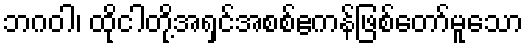
ဘဂဝါ၊ ထိုငါတို့အရှင်အစစ်ဧကန်ဖြစ်တော်မူသော